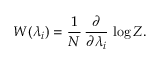
W ( \lambda _ { i } ) = \frac { 1 } { N } \, \frac { \partial } { \partial \lambda _ { i } } \, \log Z .